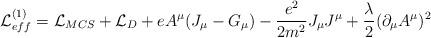
LaTeX: \begin{align*}{\cal L}^{(1)}_{eff}={\cal L}_{MCS} +{\cal L}_D +e A^\mu(J_\mu-G_\mu)-\frac{e^2}{2 m^2}J_\mu J^\mu + \frac \lambda2 (\partial_\mu A^\mu)^2\end{align*}